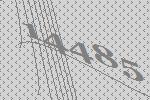
14485